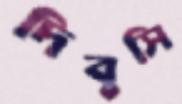
দিবুসি